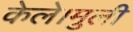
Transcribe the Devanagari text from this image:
केले।मुली